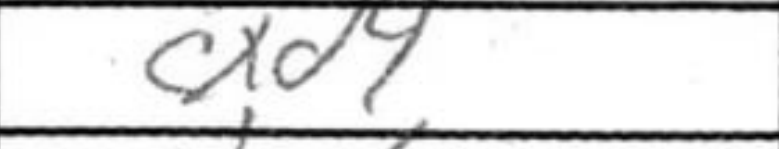
Transcription: cxd4